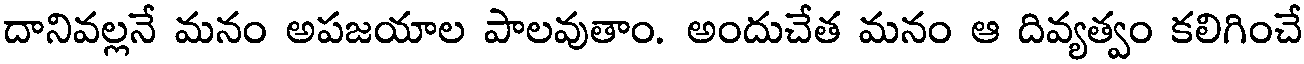
దానివల్లనే మనం అపజయాల పాలవుతాం. అందుచేత మనం ఆ దివ్యత్వం కలిగించే